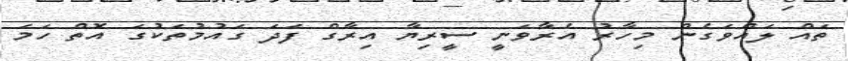
ތައް ލައްވަގެން މިހާރު އެރާވަނީ ސީރިޔާ އިރާގް ފަދަ ގައުމުތަކުގަ އޮތް ހަމަ